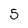
Character: 5